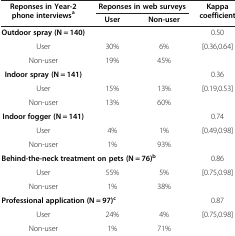
<table><thead><tr><td rowspan="2"><b>Reponses in Year-2 phone interviews<sup>a</sup></b></td><td colspan="2"><b>Reponses in web surveys</b></td><td rowspan="2"><b>Kappa coefficient</b></td></tr><tr><td><b>User</b></td><td><b>Non-user</b></td></tr></thead><tbody><tr><td><b>Outdoor spray (N = 140)</b></td><td> </td><td> </td><td>0.50</td></tr><tr><td>User</td><td>30%</td><td>6%</td><td>[0.36,0.64]</td></tr><tr><td>Non-user</td><td>19%</td><td>45%</td><td> </td></tr><tr><td><b>Indoor spray (N = 141)</b></td><td> </td><td> </td><td>0.36</td></tr><tr><td>User</td><td>15%</td><td>13%</td><td>[0.19,0.53]</td></tr><tr><td>Non-user</td><td>13%</td><td>60%</td><td> </td></tr><tr><td><b>Indoor fogger (N = 141)</b></td><td> </td><td> </td><td>0.74</td></tr><tr><td>User</td><td>4%</td><td>1%</td><td>[0.49,0.98]</td></tr><tr><td>Non-user</td><td>1%</td><td>93%</td><td> </td></tr><tr><td colspan="3"><b>Behind-the-neck treatment on pets (N = 76)</b><sup><b>b</b></sup></td><td>0.86</td></tr><tr><td>User</td><td>55%</td><td>5%</td><td>[0.75,0.98]</td></tr><tr><td>Non-user</td><td>1%</td><td>38%</td><td> </td></tr><tr><td colspan="3"><b>Professional application (N = 97)</b><sup><b>c</b></sup></td><td>0.87</td></tr><tr><td>User</td><td>24%</td><td>4%</td><td>[0.75,0.98]</td></tr><tr><td>Non-user</td><td>1%</td><td>71%</td><td> </td></tr></tbody></table>